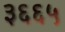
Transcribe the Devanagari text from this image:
३६६५